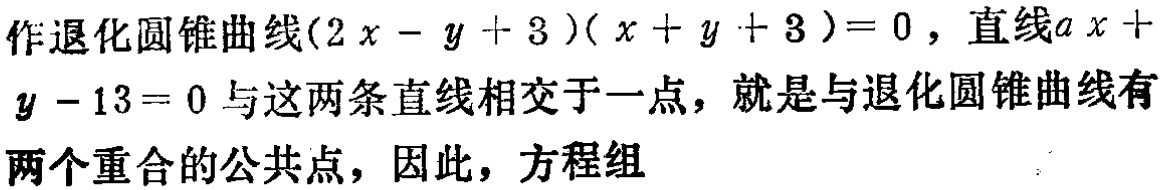
作退化圆锥曲线\((2x - y + 3)(x + y + 3)=0\)，直线\(ax + y - 13 = 0\)与这两条直线相交于一点，就是与退化圆锥曲线有两个重合的公共点，因此，方程组